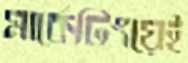
মার্কেটিংয়েই